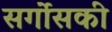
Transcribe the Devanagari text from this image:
सर्गोसकी